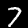
Label: 7